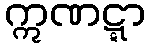
ဣဏဋ္ဋာ